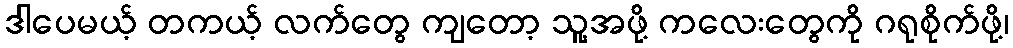
ဒါပေမယ့် တကယ့် လက်တွေ ကျတော့ သူ့အဖို့ ကလေးတွေကို ဂရုစိုက်ဖို့၊